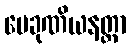
ပေခုဏိယနတ္တာ